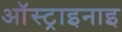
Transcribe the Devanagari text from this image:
ऑस्ट्राइनाइ